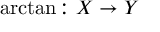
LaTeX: \arctan \colon X \to Y